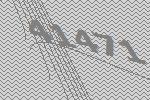
41471